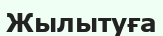
Жылытуға